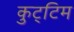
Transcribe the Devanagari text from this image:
कुट्‌टिम